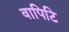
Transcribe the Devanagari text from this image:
वापिटि